Vital statistics of India. Vol. IV, Annual returns from 1871 to 1876. British Army of India, Native Army and jails of Bengal
Year: 1871
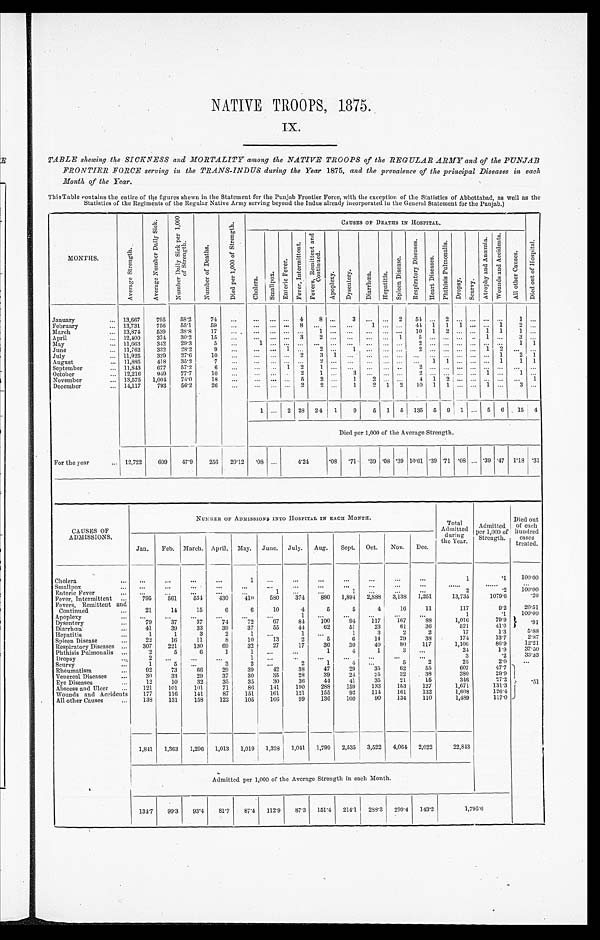
NATIVE TROOPS, 1875.
IX.
TABLE shewing the SICKNESS and MORTALITY among the NATIVE TROOPS of the REGULAR ARMY and of the
PUNJAB
FRONTIER FORCE serving in the TRANS-INDUS during the Year 1875, and the prevalence of the principal
Diseases in each
Month of the Year.
ThisTable contains the entire of the figures shewn in the Statement for the Punjab Frontier Force, with the exception of the Statistics of Abbottabad, as well as the
Statistics of the Regiments of the Regular Native Army serving beyond the Indus already incorporated in the General Statement for the Punjab.)
MONTHS.
A v e r a g e s t r e n g t h .
A v e r a g e N u m b e r D a i l y S i c k . N u m b e r D a i l y S i c k p e r 1 , 0 0 0 o f S t r e n g t h .
N u m b e r o f D e a t h s .
D i e d p e r 1 , 0 0 0 o f S t r e n g t h .
CAUSES OP DEATHS IN HOSPITAL.
D i e d o u t o f H o s p i t a l .
C h o l e r a . S m a l l p o x .
E n t e r i c F e v e r .
F e v e r , I n t e r m i t t e n t . F e v e r s , R e m i t t e n t a n d C o n t i n u e d .
A p o p l e x y . D y s e n t e r y . D i a r r h œ a . H e p a t i t i s .
S p l e e n D i s e a s e .
R e s p i r a t o r y D i s e a s e s .
H e a r t D i s e a s e s .
P h t h i s i s P u l m o n a l i s .
D r o p s y . S c u r v y .
A t r o p h y a n d A n æ m i a . W o u n d s a n d A c c i d e n t s . A l l o t h e r C a u s e s .
January
... 13,667 795 58.2 74 ...
. . . . . . . . . 4
8 ... 3 ... ... 2 5 4
. . .
2
. . . . . . . . . . . .
1 . . .
February
... 13,731 756 55.1 59 ... ... ... ... 8 ... ... ...
1 ... ... 44 1 1 1 ... ... 1
2
. . .
March
... 13,874 539 38.8
17 ... . . . ... ... ... 1
. . . . . .
. . .
. . . . . . . . .
1 0 1
2 . . . . . . 1 1
1
April
... 12,400 374 30.2 15 ...
. . . . . . . . . 3
2 . . .
. . .
. . . . . . 1
5 . . . . . . . . . . . . 1 . . .
3
. . .
May
... 11,663 342 29.3
5
. . .
1 . . . . . . . . .
. . . . . .
. . .
. . . . . . . . .
2 . . . . . . . . . . . . . . . . . .
1 1
June
... 11,762 332 28.2
9
. . . ... ... 1 . . . 2 . . . 1 ... ... ...2
. . . . . . . . . . . . 1 2
. . .
. . .
July
... 11,925 329 27.6
10 ...
. . . . . . . . . 2 3 1
. . .
. . . . . . . . .
. . . . . . . . . . . . . . . . . . 1 2 1
August
... 11,885 418 35.2
7
. . . . . . . . . . . . . . . 2 ...
. . . . . . . . . . . . . . .
1 1 . . . . . . . . . 1 1 1
September
... 11,843 677 57.2
6
. . . ...
. . . 1 2
. . . . . .
. . .
. . . . . 2
. . . . . . . . . . . . . . . . . . . . .
. . .
. . .
October
... 12,216 949 77.7
10 ...
. . . . . . . . . 2 1 ..
3
. . . . . . . . . 2 . . . . . . . . . ... 1 . . . 1 . . .
November
... 13,575 1,004 74.0
18 ...
. . . . . . . . . 5 2 . . . 1
2 . . . . . .
4 1 2 . . . . . . . . . . . .
. . .
1
December
... 14,117 793 56.2 26 ...
...
2 2
1 2 1 2 10 1 1 ... ... 1 ... 3 . . .
1 ... 2 28 2 4 1 9 5 9 5
1 3 5 5 9 1 . . . 5 6
1 5
4
Died per 1,000 of the Average Strength.
For the year
... 12,722 609 47.9 256 20.12
. 0 8 ...
4.21
. 0 8
. 7 1
. 3 9 . 0 8 . 3 9 10.61 . 3 9 . 7 1 . 0 8 ... . 3 9 . 4 7 1.18 . 3 1
CAUSES OF
ADMISSIONS.
NUMBER OF ADMISSIONS INTO HOSPITAL IN EACH MONTH.
Total
Admitted during
theYear.
Admitted
per 1,000 of
Strength.
Died out
of each
hundred
cases
treated.
Jan. Feb. March. April. May. June. July. Aug. Sept. Oct. Nov. Dec.
Cholera
. . .
. . .
...
. . .
1 ...
...
...
...
...
...
...
1
. 1 100.00
Smallpox ....
...
...
. . . ...
. . .
. . .
. . . ...
...
...
...
...
. . .
. . .
. . .
Enteric Fever ....
...
...
...
...
...
...
... 1
...
...
. . .
1
. . . ...
2
. 2 100.00
F e v e r , I n t e r m i t t e n t . . . .
Fever, Intermittent ... 795 561 534 430 410 580 374 880 1,894
2 , 8 8 8 3,138 1,251
13,735
1079.6
20
Fevers, Remittent and
Continued ....
21
14
15
6
6
10
4
5
5
4
16
11
117
9 . 2 20.51
A p o p l e x y . . . . . . . ...
. . . ...
...
...
...
1 ...
...
...
...
...
1
. 1 100.00
D y s e n t e r y .
Dysentery
79
37
37
74
72
67
84 100
94 117 167
88
1,016
79.9
. 9 1
Diarrhœa
41
39
33
39
37
55
44
62
5
23
61
36
521
41.0
H e p a t i t i s . . .
1
1
3
2
I
1
1
3
2
2
17
1.3
5.88
Spleen Disease
...
22 16
11
8
10
13
2
5
6
14
29
38
174
13.7
2.87
Respiratory Diseases ... 307 221 130
69
32
27
17
36
30
40
80 117
1,106
86.9 12.21
Phthisis Pulmonalis ...
2
5
6
1
1
. . .
. . . 1
4
1
. . .
. . .
24
1.9 37.50
Dropsy.
....
. . .
. . .
. . .
. . .
. . . ...
...
. . .
. . .
. . .
. . .
. . .
3
. 2 33.33
Scurvy
...
1
5
. . .
3
2
. . .
2
1
4 . . .
. . . 5
2
25
2.0 ...
Rheumatism
92
73
66
29
39
42
38
47
29
35
62
55
607
47.7
.51
V e n e r a l . . . D i s e a s e s . . . .
Venereal Diseases
30
33
29
37
30
35
28
39
24
2 5 32
38
380
29.9
Eye Diseases
...
12
10
32
35
35
30
36
44
41
35
21
15
346
2 7 . 2
Abscess and Ulccr. ...
Abscess Ulcer
and
... 121 101 101
71
86 141 190 288 159 133 153 127
1,671
131.3
Wounds
Accidents
and
177 116 141
87 151 161 121 155
92 114 161 132
1,608
120.4
All other Causes
... 138 131 158 122 105 166
99 136 100
90 134 110
1,489
117.0
1,841 1,363 1,296 1,013 1,019 1,328 1,041 1,799 2,535 3,522 4,064 2,022
22,843 ...
Admitted per 1,000 of the Average Strength in each Month.
134.7 99.3 93.4 81.7 87.4 112.9 87.3 151.4 214.1 I253.3 299.4 143.2
1,795.6